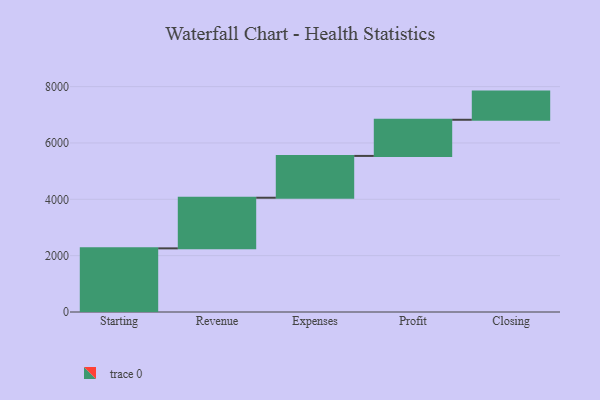
{"axis": {"x": "Step", "y": "Value"}, "legend": [""], "data": [{"x": "Starting", "y": 2259.0, "type": ""}, {"x": "Revenue", "y": 1797.0, "type": ""}, {"x": "Expenses", "y": 1484.0, "type": ""}, {"x": "Profit", "y": 1283.0, "type": ""}, {"x": "Closing", "y": 1000, "type": ""}]}